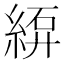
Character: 𫃫